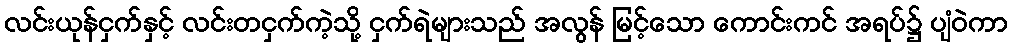
လင်းယုန်ငှက်နှင့် လင်းတငှက်ကဲ့သို့ ငှက်ရဲများသည် အလွန် မြင့်သော ကောင်းကင် အရပ်၌ ပျံဝဲကာ